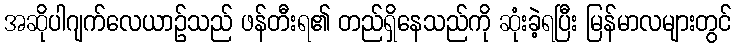
အဆိုပါဂျက်လေယာဉ်သည် ဖန်တီးရ၏ တည်ရှိနေသည်ကို ဆုံးခဲ့ရပြီး မြန်မာလများတွင်